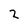
Character: 2